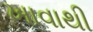
ખાવાથી